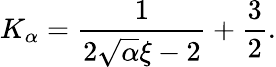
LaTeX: K_{\alpha}=\frac{1}{2\sqrt{\alpha}\xi-2}+\frac{3}{2}.